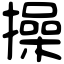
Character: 操